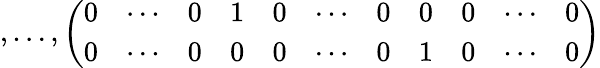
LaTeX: ,\ldots,\left(\begin{array}{ccccccccccc}{{0}}&{{\cdots}}&{{0}}&{{1}}&{{0}}&{{\cdots}}&{{0}}&{{0}}&{{0}}&{{\cdots}}&{{0}}\\ {{0}}&{{\cdots}}&{{0}}&{{0}}&{{0}}&{{\cdots}}&{{0}}&{{1}}&{{0}}&{{\cdots}}&{{0}}\end{array}\right)